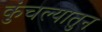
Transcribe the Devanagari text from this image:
कुंचल्यातुन